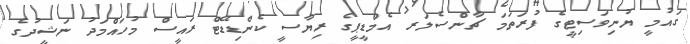
ގައުމީ ޔުނިވަސިޓީގެ ފުރަތަމަ ޗާންސެލަރ އެމްޑީޕީގެ ރިޔާސީ ކެންޑިޑޭޓް ރައީސް މުހައްމަދު ނަޝީދުގެ